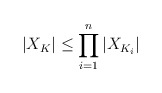
\begin{align*} |X_K| \leq \prod_{i=1}^{n}|X_{K_i}| \end{align*}